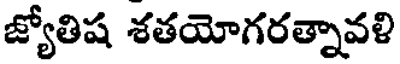
జ్యోతిష శతయోగరత్నావళి